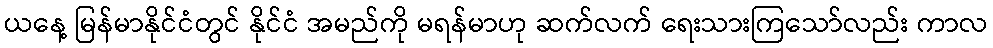
ယနေ့ မြန်မာနိုင်ငံတွင် နိုင်ငံ အမည်ကို မရန်မာဟု ဆက်လက် ရေးသားကြသော်လည်း ကာလ